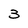
Character: 3